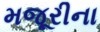
મજૂરીના